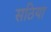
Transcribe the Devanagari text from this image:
सठिया